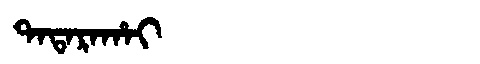
Manchu: ᡨᠠᡨᠠᡵᠠᡥᠠᡳ
Romanization: TATARAHAI